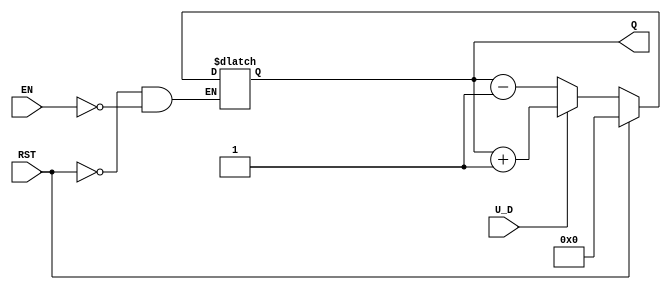
module up_down_counter (
    input wire U_D,      // Up/Down control signal
    input wire RST,      // Asynchronous reset signal
    input wire EN,       // Enable signal
    output reg [3:0] Q   // 4-bit count value (adjust width as needed)
);

    // Asynchronous reset
    always @(*) begin
        if (RST) begin
            Q <= 4'b0000; // Reset the counter to 0
        end else if (EN) begin
            if (U_D) begin
                // Count Up
                Q <= Q + 1;
            end else begin
                // Count Down
                Q <= Q - 1;
            end
        end
    end

endmodule